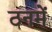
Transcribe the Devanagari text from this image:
ठनमें